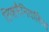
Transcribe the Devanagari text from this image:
लिशमैनियासिस